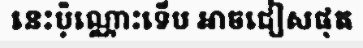
នេះប៉ុណ្ណោះទើប អាចជៀសផុត